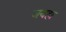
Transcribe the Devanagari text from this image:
जयहा